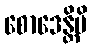
စောဒေန္တိပိ